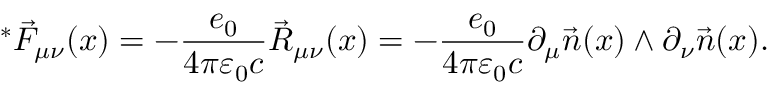
^ * \vec { F } _ { \mu \nu } ( x ) = - \frac { e _ { 0 } } { 4 \pi \varepsilon _ { 0 } c } \vec { R } _ { \mu \nu } ( x ) = - \frac { e _ { 0 } } { 4 \pi \varepsilon _ { 0 } c } \partial _ { \mu } \vec { n } ( x ) \wedge \partial _ { \nu } \vec { n } ( x ) .